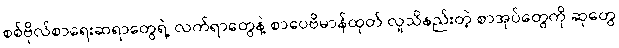
စစ်ဗိုလ်စာရေးဆရာတွေရဲ့ လက်ရာတွေနဲ့ စာပေဗိမာန်ထုတ် လူသိနည်းတဲ့ စာအုပ်တွေကို ဆုတွေ